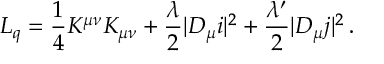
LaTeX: { \cal L } _ { \sc q } = \frac { 1 } { 4 } K ^ { \mu \nu } K _ { \mu \nu } + \frac { \lambda } { 2 } | D _ { \mu } i | ^ { 2 } + \frac { \lambda ^ { \prime } } { 2 } | D _ { \mu } j | ^ { 2 } \, .